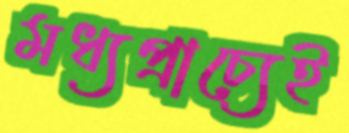
মধ্যপ্রাচ্যেই